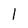
Character: 1